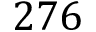
2 7 6